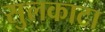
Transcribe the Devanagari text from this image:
सुलकाटा